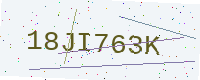
Text: 18JI763K